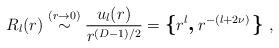
LaTeX: \begin{align*}R_{l}(r) \stackrel{(r \rightarrow 0 )}{\sim}\frac{u_{l}(r)}{r^{( {D} - 1)/2 }}=\mbox{\boldmath\large $\left\{ \right.$ } \! \! \!r^{l}\mbox{\boldmath\large $,$ } \!r^{-(l + 2 \nu)}\mbox{\boldmath\large $\left. \right\}$ } \! \!\; ,\end{align*}